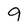
Character: 9